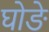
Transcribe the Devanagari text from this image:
घोङे